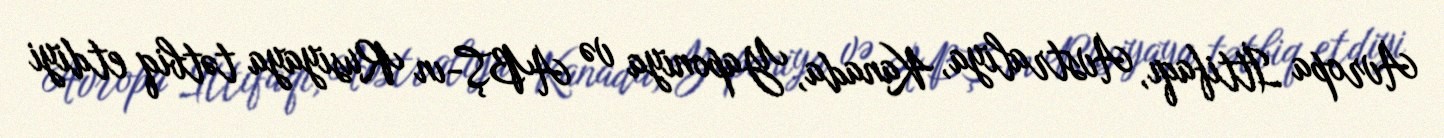
Avropa İttifaqı, Avstraliya, Kanada, Yaponiya və ABŞ-ın Rusiyaya tətbiq etdiyi